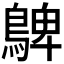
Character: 𪂃